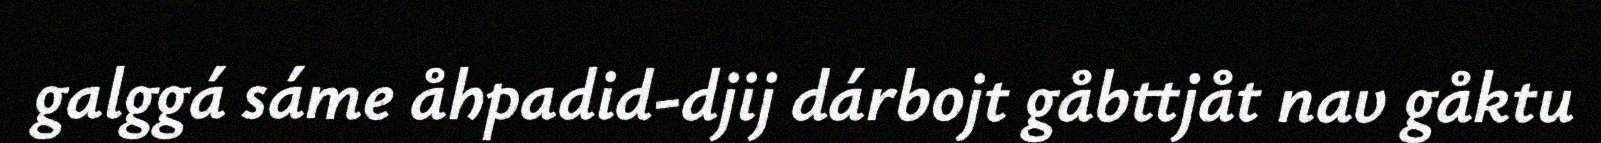
galggá sáme åhpadid-djij dárbojt gåbttjåt nav gåktu